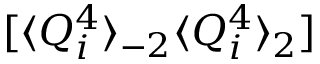
[ \langle Q _ { i } ^ { 4 } \rangle _ { - 2 } \langle Q _ { i } ^ { 4 } \rangle _ { 2 } ]